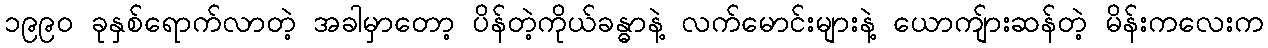
၁၉၉၀ ခုနှစ်ရောက်လာတဲ့ အခါမှာတော့ ပိန်တဲ့ကိုယ်ခန္ဓာနဲ့ လက်မောင်းများနဲ့ ယောကျ်ားဆန်တဲ့ မိန်းကလေးက